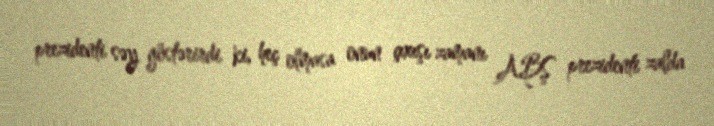
prezidenti səy göstərirdi ki, heç olmasa onun çıxışı zamanı ABŞ prezidenti zalda